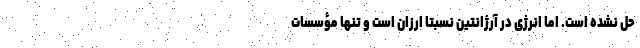
حل نشده است. اما انرژی در آرژانتین نسبتاً ارزان است و تنها مؤسسات